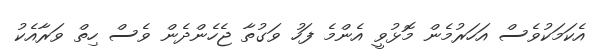
އެކަމަކުވެސް އަހަރުމެން މޮޅުވީ އެންމެ ފަހު ވަގުތާ ޖެހެންދެން ވެސް ހިތް ވަރާއެކު